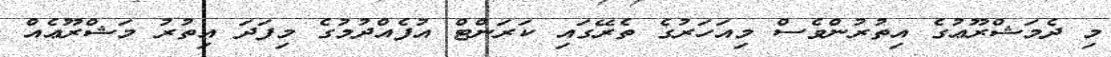
މި ދެމަޝްރޫޢުގެ އިތުރުންވެސް މިއަހަރުގެ ތެރޭގައި ކަރަންޓް އުފެއްދުމުގެ މިފަދަ އިތުރު މަޝްރޫޢެއް